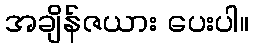
အချိန်ဇယား ပေးပါ။